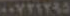
٠٠٧٢١٢٩٥